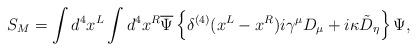
LaTeX: \begin{align*}S_M=\int d^4x^L\int d^4x^R \overline{\Psi}\left\{ \delta^{(4)}(x^L-x^R)i\gamma^\mu D_\mu+i\kappa\tilde{D}_\eta \right\}\Psi , \end{align*}